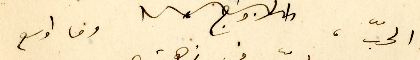
الحبّ، وما اوسع